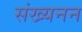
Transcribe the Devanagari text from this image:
संख्यनन